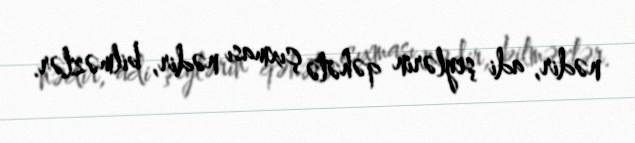
nədir, adi şeylərin qəhətə çıxması nədir, bilməzlər.